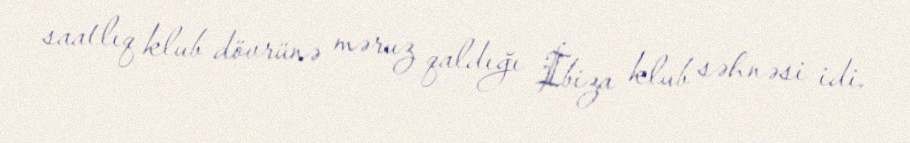
saatlıq klub dövrünə məruz qaldığı İbiza klub səhnəsi idi.